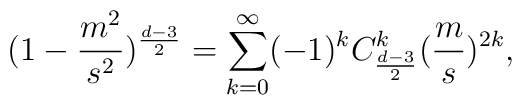
(1-\frac{m^{2}}{s^{2}})^{\frac{d-3}{2}}=\sum_{k=0}^{\infty}(-1)^{k}C^{k}_{\frac{d-3}{2}}(\frac{m}{s})^{2k},